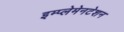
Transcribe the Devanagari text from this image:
इम्प्लेमेनटेशन